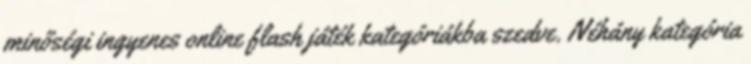
minőségi ingyenes online flash játék kategóriákba szedve. Néhány kategória